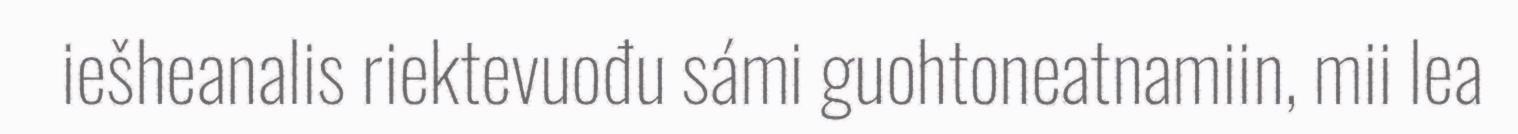
iešheanalis riektevuođu sámi guohtoneatnamiin, mii lea